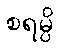
စရမ္ပိ